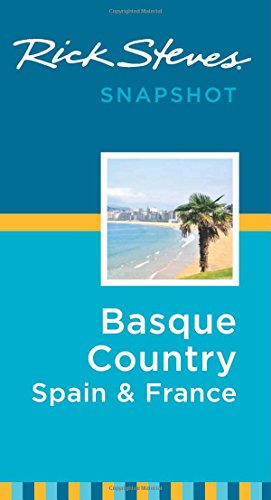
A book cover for Rick Steves Snapshot Basque Country: France & Spain; Rick Steves; Travel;